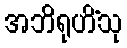
အဘိရုဟိံသု